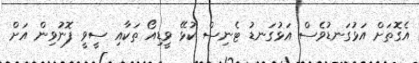
އެގޮތަށް އަޅުގަނޑުވެސް އަޅުގަނޑު ޓެނިސް ކުޅޭ ވީޑިއޯ ތަކާއި ސީވީ ފޮނުވިން އަށް